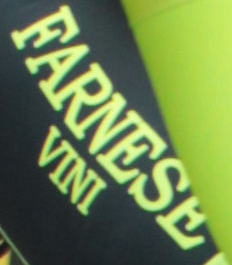
FARNESE